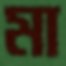
মা